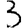
Digit: 3